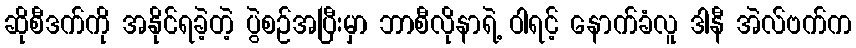
ဆိုစီဒက်ကို အနိုင်ရခဲ့တဲ့ ပွဲစဉ်အပြီးမှာ ဘာစီလိုနာရဲ့ ဝါရင့် နောက်ခံလူ ဒါနီ အဲလ်ဗက်က